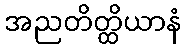
အညတိတ္ထိယာနံ